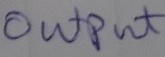
Text: OUTPUT